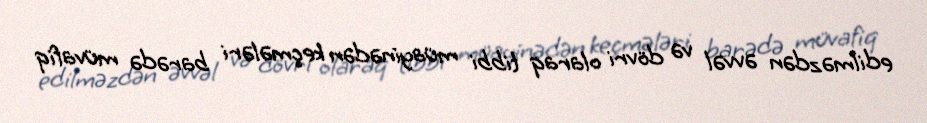
edilməzdən əvvəl və dövri olaraq tibbi müayinədən keçmələri barədə müvafiq